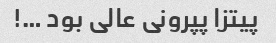
پیتزا پپرونی عالی بود …!